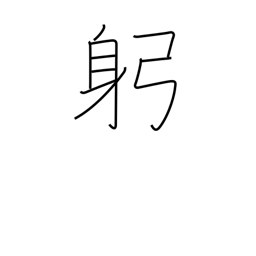
Meaning: body